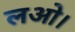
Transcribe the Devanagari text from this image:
लओ।